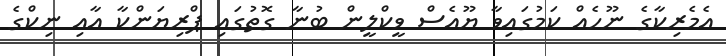
އެމެރިކާގެ ނޫހެއް ކަމުގައިވާ ޔޫއެސް ވީކްލީން ބުނާ ގޮތުގައި ޕްރިޔަންކާ އާއި ނިކްގެ